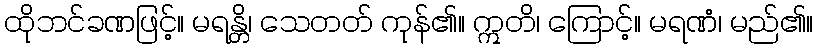
ထိုဘင်ခဏဖြင့်။ မရန္တိ၊ သေတတ် ကုန်၏။ ဣတိ၊ ကြောင့်။ မရဏံ၊ မည်၏။